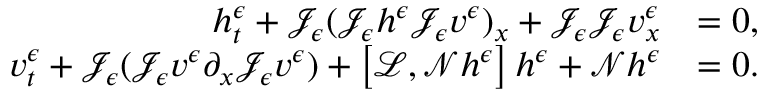
\begin{array} { r l } { h _ { t } ^ { \epsilon } + \mathcal { J } _ { \epsilon } ( \mathcal { J } _ { \epsilon } h ^ { \epsilon } \mathcal { J } _ { \epsilon } v ^ { \epsilon } ) _ { x } + \mathcal { J } _ { \epsilon } \mathcal { J } _ { \epsilon } v _ { x } ^ { \epsilon } } & { = 0 , } \\ { v _ { t } ^ { \epsilon } + \mathcal { J } _ { \epsilon } ( \mathcal { J } _ { \epsilon } v ^ { \epsilon } \partial _ { x } \mathcal { J } _ { \epsilon } v ^ { \epsilon } ) + \left[ \mathscr { L } , \mathscr { N } h ^ { \epsilon } \right] h ^ { \epsilon } + \mathscr { N } h ^ { \epsilon } } & { = 0 . } \end{array}